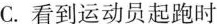
C.看到运动员起跑时